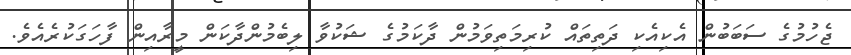
ޖެހުމުގެ ސަބަބުން އެކިއެކި ދަތިތައް ކުރިމަތިވަމުން ދާކަމުގެ ޝަކުވާ ލިބެމުންދާކަން މީރާއިން ފާހަގަކުރެއެވެ.